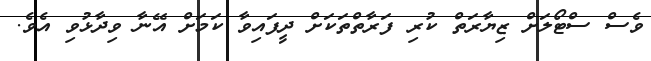
ވެސް ސްޓޯލަށް ޒިޔާރަތް ކުރި ފަރާތްތަކަށް ދީފައިވާ ކަމަށް އޭނާ ވިދާޅުވި އެވެ.